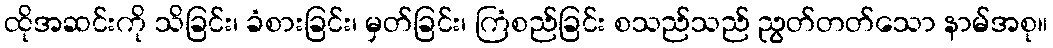
ထိုအဆင်းကို သိခြင်း၊ ခံစားခြင်း၊ မှတ်ခြင်း၊ ကြံစည်ခြင်း စသည်သည် ညွတ်တတ်သော နာမ်အစု။